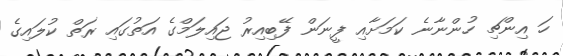
ހަ އިންޗި ހުންނާނެ ކަމަށާއި ފީނަން ފޭބިއިރު ޖައިލަމްގެ އަތުގައި ރަތް ކުލައިގެ